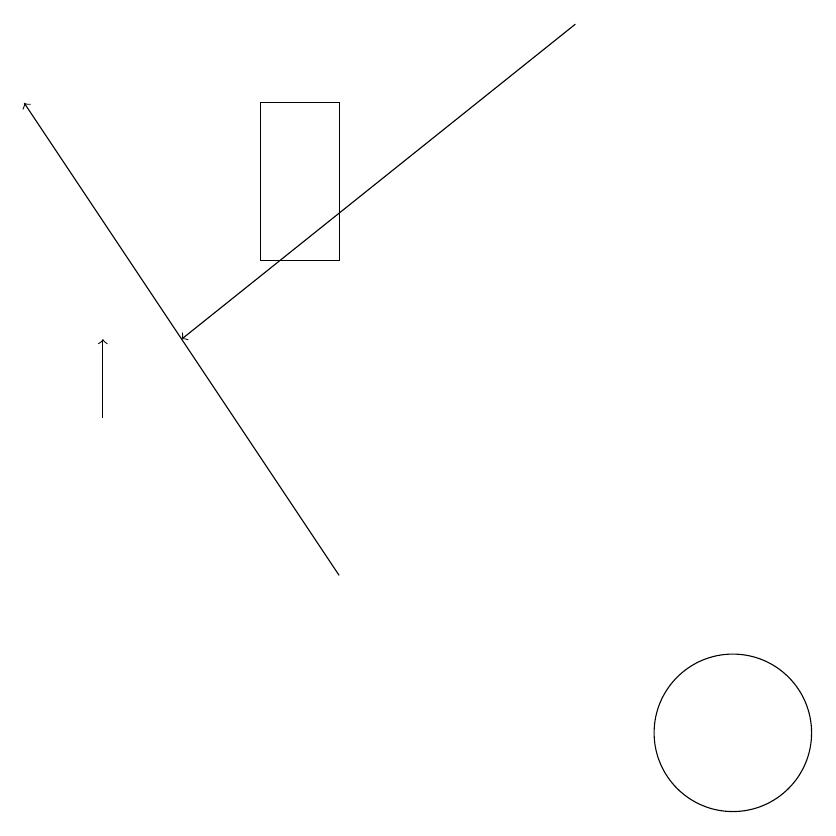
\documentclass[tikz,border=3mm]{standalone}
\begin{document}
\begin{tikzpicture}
\draw (6,18) rectangle (5,16);
\draw[->] (9,19) -- (4,15);
\draw[->] (6,12) -- (2,18);
\draw[->] (3,14) -- (3,15);
\draw (11,10) circle (1);
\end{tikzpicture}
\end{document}